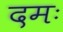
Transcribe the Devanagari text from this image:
दमः